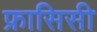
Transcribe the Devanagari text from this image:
फ्रासिसी